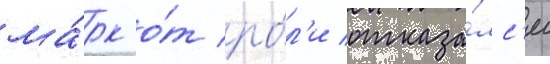
ма́рк о́т ро́л'и отказа́лс'я